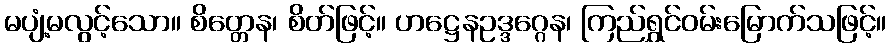
မပျံ့မလွင့်သော။ စိတ္တေန၊ စိတ်ဖြင့်။ ဟဋ္ဌေနဥဒ္ဒဂ္ဂေန၊ ကြည်ရွှင်ဝမ်းမြောက်သဖြင့်။